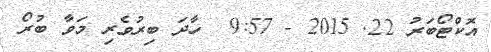
އޮކްޓޯބަރު 22